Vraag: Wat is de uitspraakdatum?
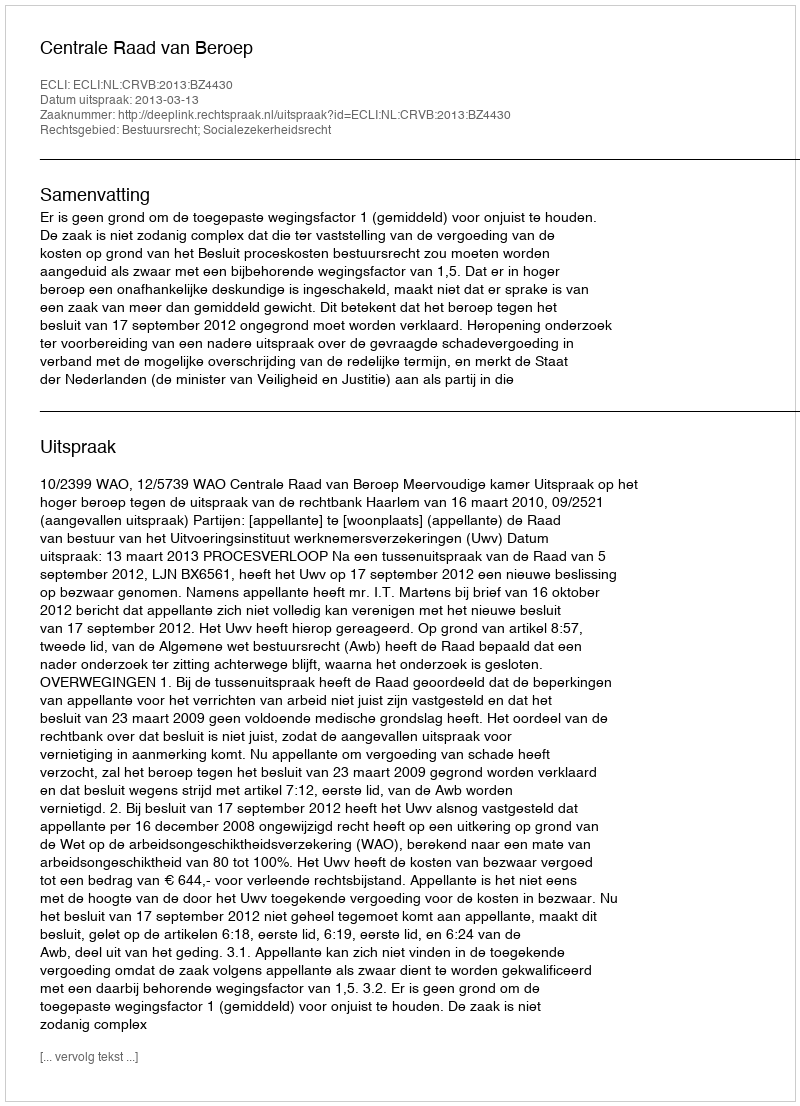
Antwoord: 2013-03-13